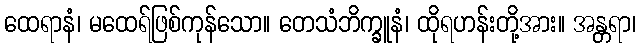
ထေရာနံ၊ မထေရ်ဖြစ်ကုန်သော။ တေသံဘိက္ခူနံ၊ ထိုရဟန်းတို့အား။ အန္တရာ၊